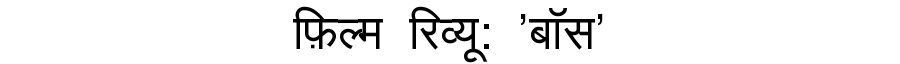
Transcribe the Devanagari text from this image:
फ़िल्म रिव्यू: 'बॉस'